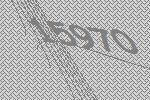
15970